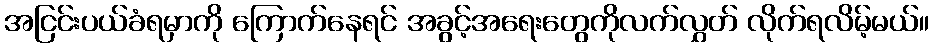
အငြင်းပယ်ခံရမှာကို ကြောက်နေရင် အခွင့်အရေးတွေကိုလက်လွှတ် လိုက်ရလိမ့်မယ်။